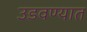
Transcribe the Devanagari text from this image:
उडवण्यात